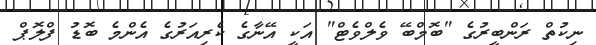
ނިކުތް ރަންބީރުގެ "ބޮމްބޭ ވެލްވެޓް" އަކީ އޭނާގެ ކެރިއަރުގެ އެންމެ ބޮޑު ފްލޮޕް